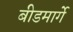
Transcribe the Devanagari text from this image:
बीडमार्गे